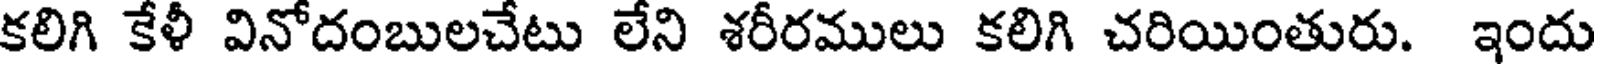
కలిగి కేళీ వినోదంబులచేటు లేని శరీరములు కలిగి చరియింతురు. ఇందు